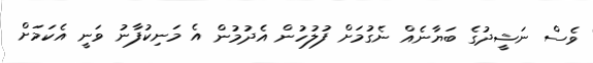
ވެސް ނަޝީދުގެ ބަޔާނެއް ނެގުމަށް ފުލުހުން އެދުމުން އެ މަނިކުފާނު ވަނީ އެކަމަށް